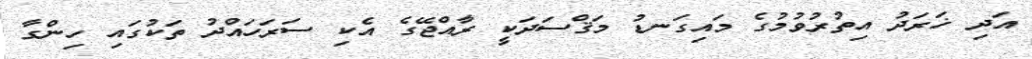
އަދި ޚަރަދު އިތުރުވުމުގެ މައިގަނޑު މަޤްސަދަކީ ރާއްޖޭގެ އެކި ސަރަހައްދު ތަކުގައި ހިންގާ